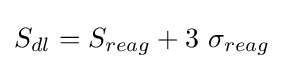
S_{dl}=S_{reag}+3\ \sigma _{reag}